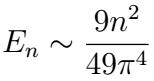
\[E_{n} \sim \frac{9n^{2}}{49\pi^{4}}\]